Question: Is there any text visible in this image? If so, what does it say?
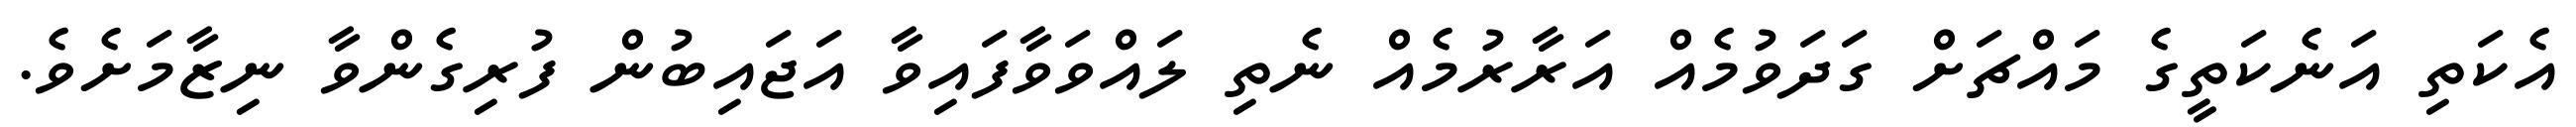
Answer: އެކަތި އަނެކަތީގެ މައްޗަށް ގަދަވުމެއް އަރާރުމެއް ނެތި ލައްވަވާފައިވާ އަޖައިބުން ފުރިގެންވާ ނިޒާމަށެވެ.